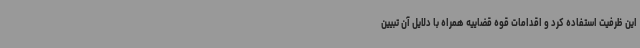
این ظرفیت استفاده کرد و اقدامات قوه قضاییه همراه با دلایل آن تبیین